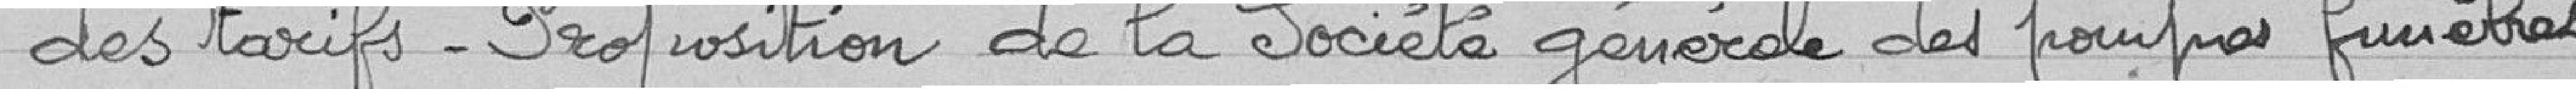
des tarifs - proposition de la Société Générale des Pompes Funèbres